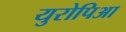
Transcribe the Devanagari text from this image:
युरोपिआ